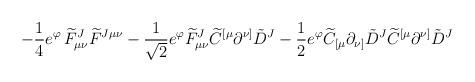
LaTeX: \begin{align*}\left. -\frac{1}{4} e^\varphi \,{\widetilde F}_{\mu\nu}^J {\widetilde F}^{J\mu\nu} -\frac{1}{\sqrt 2}e^{\varphi}{\widetilde F}_{\mu\nu}^J {\widetilde C}^{[\mu}\partial^{\nu]}{\tilde D}^J-\frac{1}{2}e^{\varphi} {\widetilde C}_{[\mu}\partial_{\nu]}{\tilde D}^J {\widetilde C}^{[\mu}\partial^{\nu]}{\tilde D}^J \right.\end{align*}